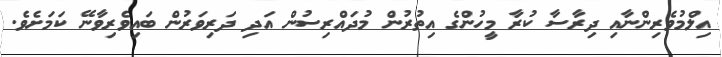
އިލްމުވެރިންނާއި ދިރާސާ ކުރާ މީހުންގެ އިތުރުން މުދައްރިސުން އަދި ދަރިވަރުން ބައިވެރިވާނޭ ކަމަށެވެ.